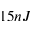
1 5 n J